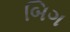
બિગ